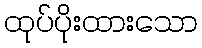
ထုပ်ပိုးထားသော